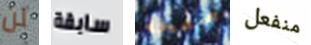
لن سابقة صفحه منفعل